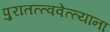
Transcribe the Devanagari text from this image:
पुरातत्त्ववेत्त्यांना